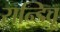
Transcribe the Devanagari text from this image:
रान्डिवू